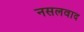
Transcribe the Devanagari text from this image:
नसलवाद